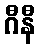
ဂီနီ